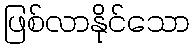
ဖြစ်လာနိုင်သော